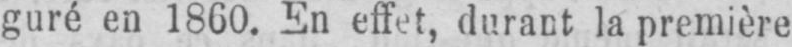
guré en 1860. En effet, durant la première